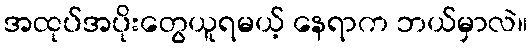
အထုပ်အပိုးတွေယူရမယ့် နေရာက ဘယ်မှာလဲ။